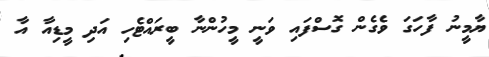
ޔާމީނު ފާހަގަ ވެގެން ގޮސްފައި ވަނީ މީހުންނާ ބީރައްޓެހި އަދި މީޑިއާ އާ